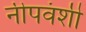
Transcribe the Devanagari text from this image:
नीपवंशी